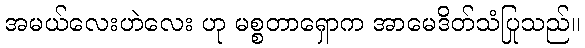
အမယ်လေးဟဲလေး ဟု မစ္စတာရှောက အာမေဒိတ်သံပြုသည်။